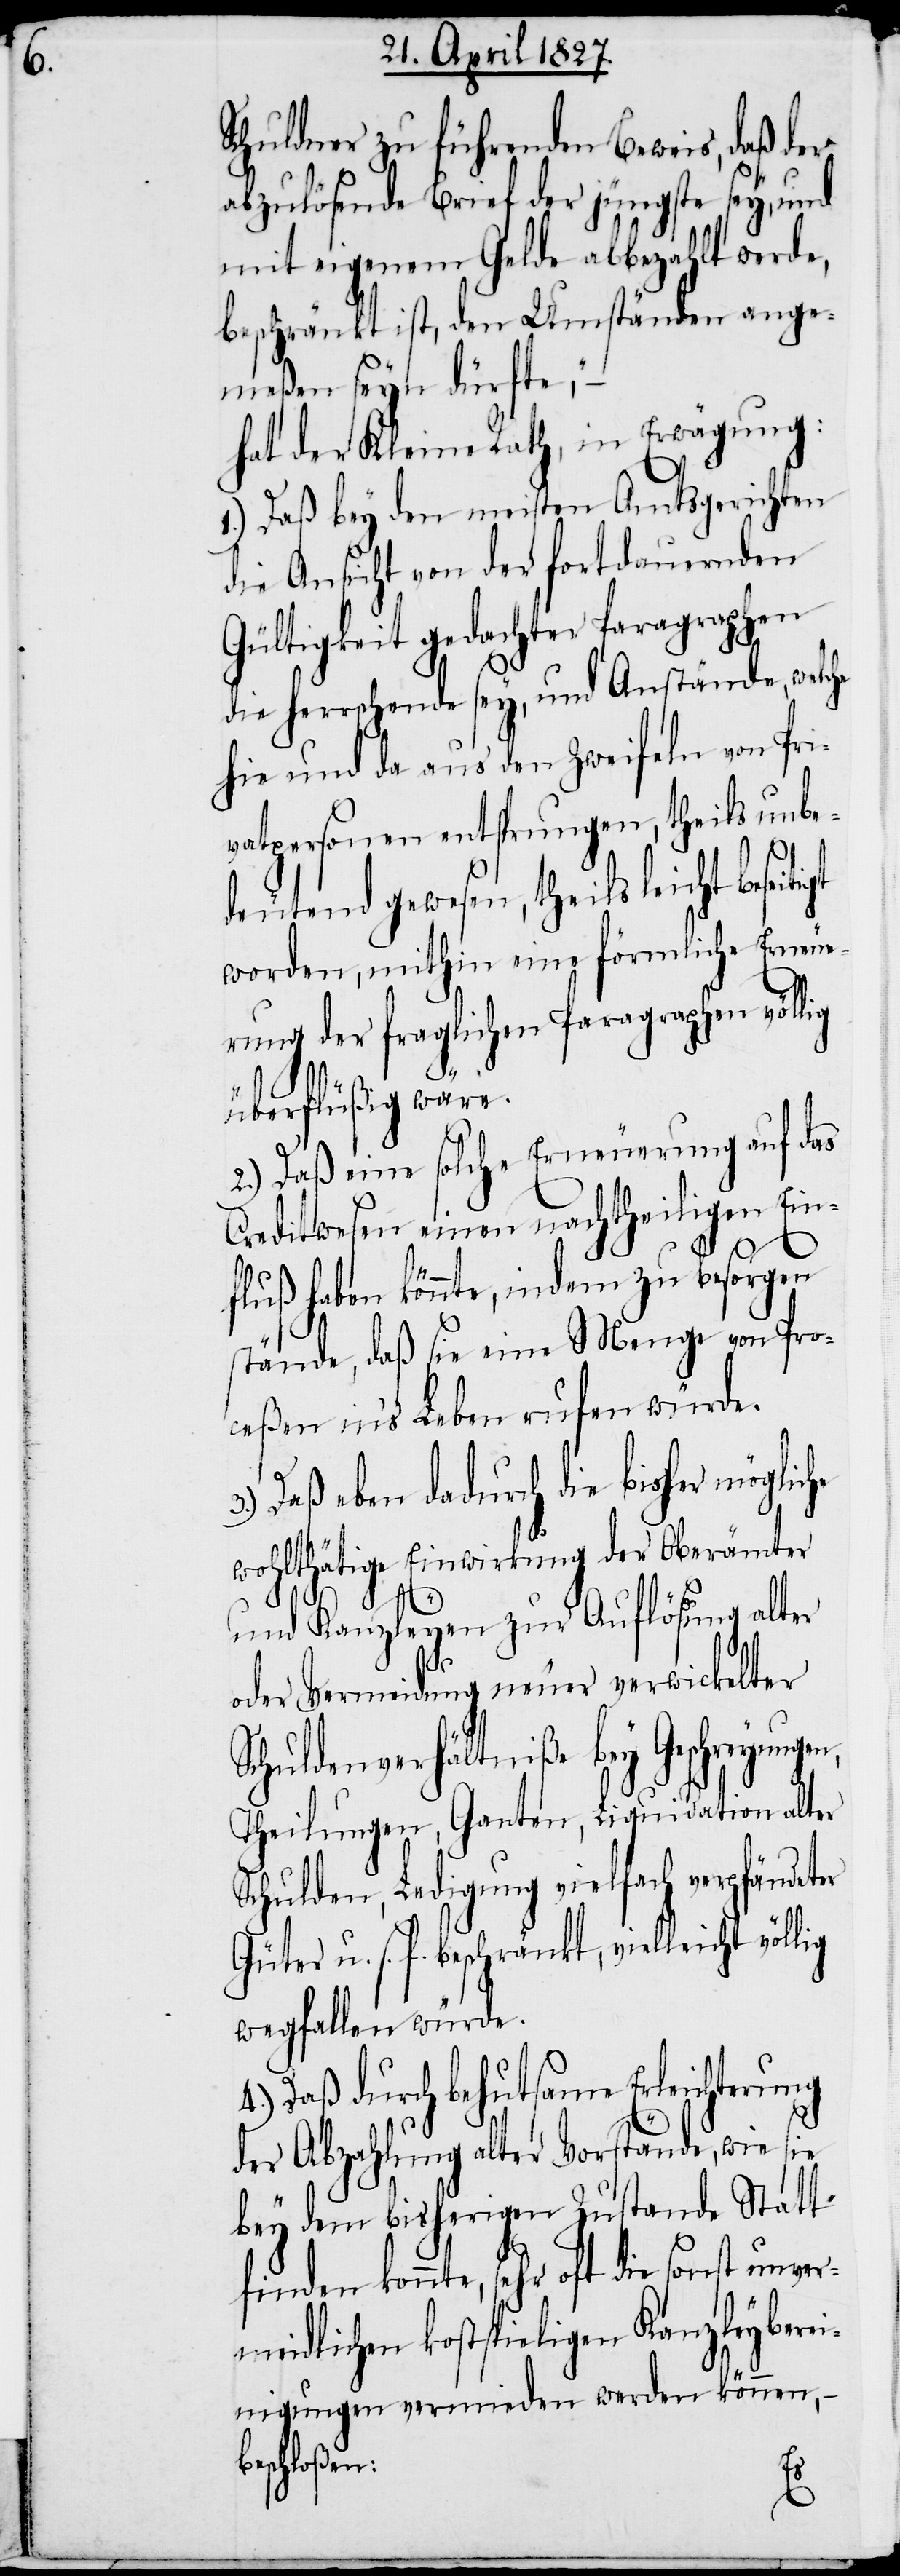
Schuldner zu führenden Beweis, daß der
abzulösende Brief der jüngste sey, und
mit eigenem Gelde abbezahlt werde,
beschränkt ist, den Umständen ange¬
meßen seyn dürfte,“ –
hat der Kleine Rath, in Erwägung;
1.) Daß bey den meisten Amtsgerichten
die Ansicht von der fortdauernden
Gültigkeit gedachter Paragraphen
die herrschende sey, und Anstände, welche
hie und da aus den Zweifeln von Pri¬
vatpersonen entsprungen, theils unbe¬
deutend gewesen, theils leicht beseiti¬
worden, mithin eine förmliche Erneue¬
ung der fraglichen Paragraphen öffen¬
die
überflüßig wäre.
2.) Daß eine solche Erneuerung auf das
Creditwesen einen nachtheiligen Ein¬
fluß haben könnte, indem zu besorgen
stände, daß sie eine Menge von Pro¬
ceßen in’s Leben rufen würde.
Daß eben dadurch die bisher möglic¬
wohlthätige Einwirkung der Oberämter
und Kanzleyen zur Auflösung alter
oder Vermeidung neuer verwickelter
keine ausdrückliche Bekräftig¬
Theilungen, Ganten, Liquidation alter
Schulden, Ledigung vielfach verpfändeter
Güter u. s. f. beschränkt, vielleicht völlig
wegfallen würde.
4.) Daß durch behutsame Erleichterung
der Abzahlung alter Vorstände, wie sie
bey dem bisherigen Zustande Statt
finden könnte, sehr oft die sonst unver¬
meidlichen kostspieligen Kanzleyberei¬
sie
nigungen vermieden werden können,
Beschluß bey